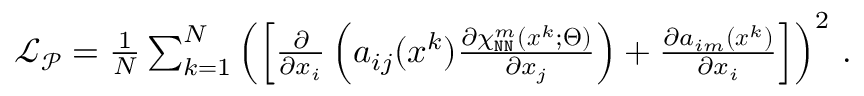
\begin{array} { r } { \mathcal { L } _ { \mathcal { P } } = \frac { 1 } { N } \sum _ { k = 1 } ^ { N } \left( \left[ \frac { \partial } { \partial x _ { i } } \left( a _ { i j } ( \boldsymbol x ^ { k } ) \frac { \partial \chi _ { \mathtt { N N } } ^ { m } ( \boldsymbol x ^ { k } ; \boldsymbol \Theta ) } { \partial x _ { j } } \right) + \frac { \partial a _ { i m } ( \boldsymbol x ^ { k } ) } { \partial x _ { i } } \right] \right) ^ { 2 } \, . } \end{array}